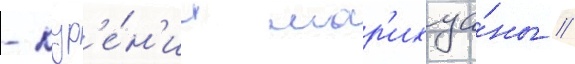
- кур'е́н'ии мар'ихуа́ны /